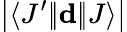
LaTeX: \left|\langle J^{\prime}|\! |\mathbf{d}|\! |J\rangle\right|